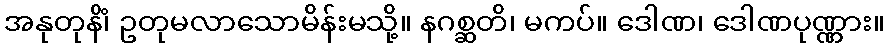
အနုတုနိံ၊ ဥတုမလာသောမိန်းမသို့။ နဂစ္ဆတိ၊ မကပ်။ ဒေါဏ၊ ဒေါဏပုဏ္ဏား။